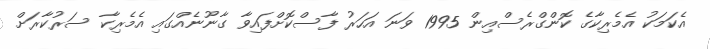
އެކަމަކު އެމެރިކާގެ ކޮންގްރެސްއިން 1995 ވަނަ އަހަރު ފާސްކޮށްފައިވާ ގާނޫނެއްގައި އެމެރިކާ ސަރުކާރަށް